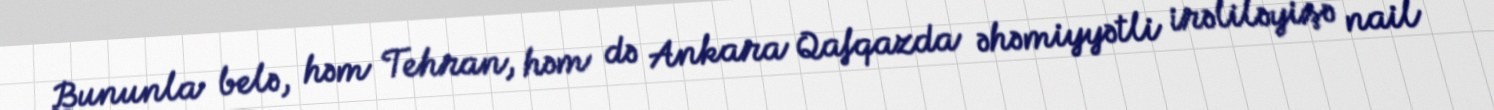
Bununla belə, həm Tehran, həm də Ankara Qafqazda əhəmiyyətli irəliləyişə nail